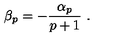
\beta _ { p } = - \frac { \alpha _ { p } } { p + 1 } \ .